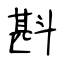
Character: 斟